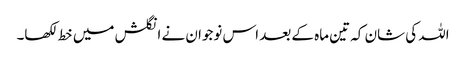
اللہ کی شان کہ تین ماہ کے بعد اس نوجوان نے انگلش میں خط لکھا۔